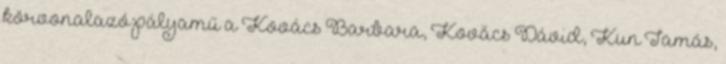
körvonalazó pályamű a Kovács Barbara, Kovács Dávid, Kun Tamás,